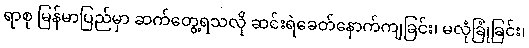
ရာစု မြန်မာပြည်မှာ ဆက်တွေ့ရသလို ဆင်းရဲခေတ်နောက်ကျခြင်း၊ မလုံခြုံခြင်း၊